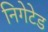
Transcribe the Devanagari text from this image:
निगेटेड